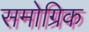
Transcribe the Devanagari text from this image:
समोग्रिक